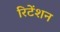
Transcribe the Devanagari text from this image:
रिटेंशन